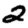
Digit: 2